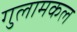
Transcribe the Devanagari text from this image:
गुलामकल